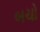
બચો